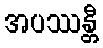
အပဿန္တီ